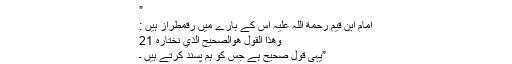
”
امام ابن قیم رحمة اللہ علیہ اس کے بارے میں رقمطراز ہیں :
وھذا القول ھوالصحیح الذي نختارہ 21
”یہی قول صحیح ہے جس کو ہم پسند کرتے ہیں ۔